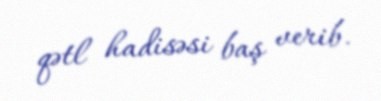
qətl hadisəsi baş verib.